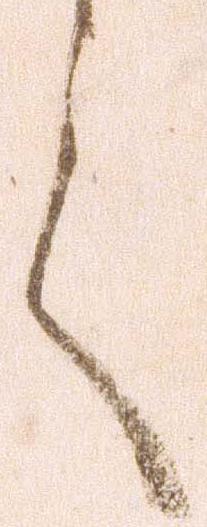
言